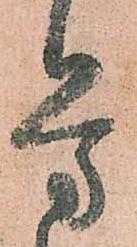
労